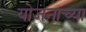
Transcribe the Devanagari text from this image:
योजनाच्या